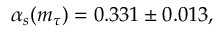
\alpha _ { s } ( m _ { \tau } ) = 0 . 3 3 1 \pm 0 . 0 1 3 ,